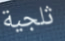
ثلجية